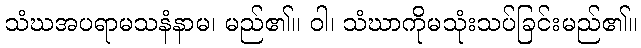
သံဃအပရာမသနံနာမ၊ မည်၏။ ဝါ၊ သံဃာကိုမသုံးသပ်ခြင်းမည်၏။